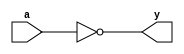
module notbynand(a,y);
	input a;
	output y;
	assign y = ~(a&a);
endmodule